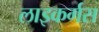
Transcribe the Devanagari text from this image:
लाइकर्गस